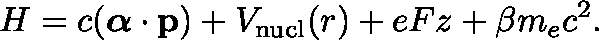
H = c ( \mathbf { \boldsymbol { \alpha } } \cdot \mathbf { p } ) + V _ { \mathrm { n u c l } } ( r ) + e F z + \beta m _ { e } c ^ { 2 } .